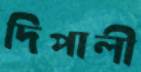
দিপালী